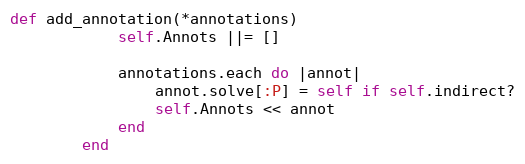
Language: Ruby
def add_annotation(*annotations)
            self.Annots ||= []

            annotations.each do |annot|
                annot.solve[:P] = self if self.indirect?
                self.Annots << annot
            end
        end